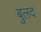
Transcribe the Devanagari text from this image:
बुलद